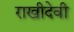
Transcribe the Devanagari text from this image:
राखीदेवी